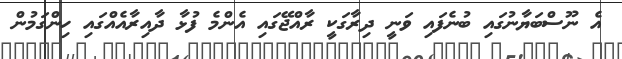
އެ ނޫސްބަޔާނުގައި ބުނެފައި ވަނީ ދިރާގަކީ ރާއްޖޭގައި އެންމެ ފުޅާ ދާއިރާއެއްގައި ހިންގަމުން